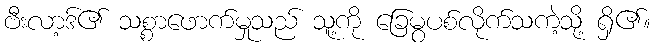
ဗီးလာ့ဒ်၏ သစ္စာဖောက်မှုသည် သူ့ကို ခြေမွပစ်လိုက်သကဲ့သို့ ရှိ၏။